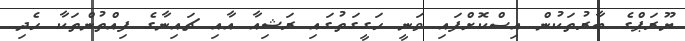
ޔޫރަޕްގެ ބާރުތަކުން އިސްކޮށްފައި ވަނީ ހަގީގަތުގައި ރަޝިއާ އާއި ޗައިނާގެ ފިއްތުންތަކާ ހެދި